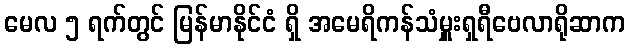
မေလ ၅ ရက်တွင် မြန်မာနိုင်ငံ ရှိ အမေရိကန်သံမှူးရှရီဗေလာရိုဆာက